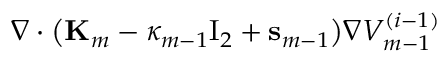
\nabla \cdot \bigl ( \mathbf { K } _ { m } - \kappa _ { m - 1 } \ensuremath { \mathrm { I } _ { 2 } } + \mathbf { s } _ { m - 1 } \bigr ) \nabla V _ { m - 1 } ^ { ( i - 1 ) }